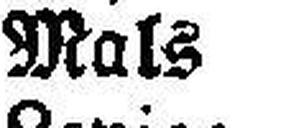
Mals